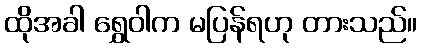
ထိုအခါ ရွှေဝါက မပြန်ရဟု တားသည်။